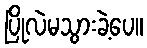
ပြိုလဲမသွားခဲ့ပေ။